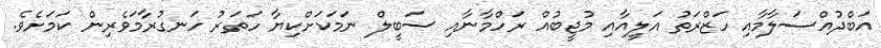
އަބްދުއްސަލާމާއި ހަޒްރަތު އަލީއާއި މުޖީބުއް ރަހްމާނާއި ސަބީލް ނަމަކަށްކިޔާ ހަތަރު ހަނގުރާމަވެރިން ކަމަށެވެ.